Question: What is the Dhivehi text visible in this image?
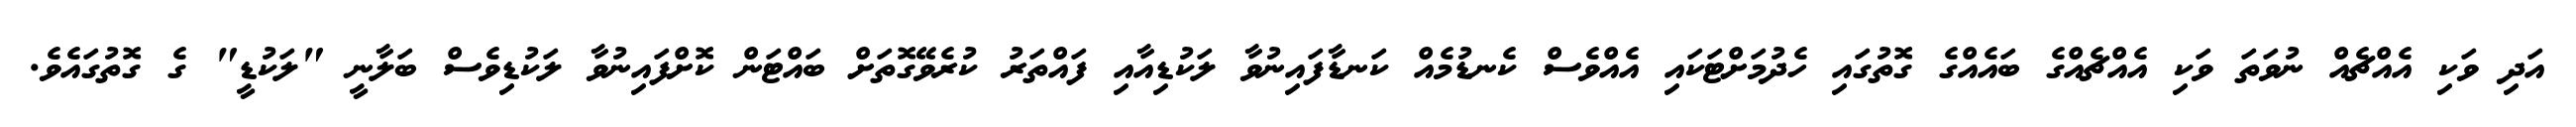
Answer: އަދި ވަކި އެއްޗެއް ނުވަތަ ވަކި އެއްޗެއްގެ ބައެއްގެ ގޮތުގައި ހެދުމަށްޓަކައި އެއްވެސް ކެނޑުމެއް ކަނޑާފައިނުވާ ލަކުޑިއާއި ފައްތަރު ކުރެވޭގޮތަށް ބައްޓަން ކޮށްފައިނުވާ ލަކުޑިވެސް ބަލާނީ "ލަކުޑީ" ގެ ގޮތުގައެވެ.